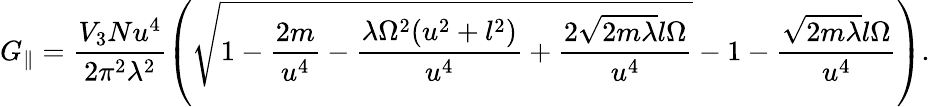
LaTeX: G_{\parallel}=\frac{V_{3}Nu^{4}}{2\pi^{2}\lambda^{2}}\left(\sqrt{1-\frac{2m}{u^{4}}-\frac{\lambda\Omega^{2}(u^{2}+l^{2})}{u^{4}}+\frac{2\sqrt{2m\lambda}l\Omega}{u^{4}}}-1-\frac{\sqrt{2m\lambda}l\Omega}{u^{4}}\right).